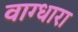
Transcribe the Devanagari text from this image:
वाग्धारा